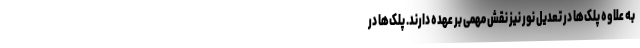
به علاوه پلک‌ها در تعدیل نور نیز نقش مهمی بر عهده دارند. پلک‌ها در